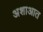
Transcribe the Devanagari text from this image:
अशाआत